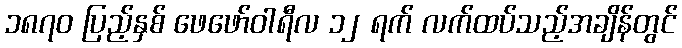
၁၈၇၀ ပြည့်နှစ် ဖေဖော်ဝါရီလ ၁၂ ရက် လက်ထပ်သည့်အချိန်တွင်